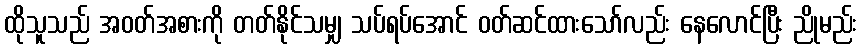
ထိုသူသည် အဝတ်အစားကို တတ်နိုင်သမျှ သပ်ရပ်အောင် ဝတ်ဆင်ထားသော်လည်း နေလောင်ပြီး ညိုမည်း